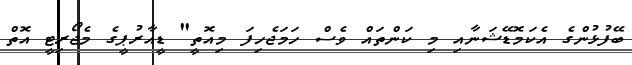
ބޭފުޅުންގެ އެކަމޮޑޭޝަނާއި މި ކަންތައް ވެސް ހަމަޖެހިފަ މިއޮތީ" ޑީއާރުޕީގެ މެޖޯރިޓީ އޮތް